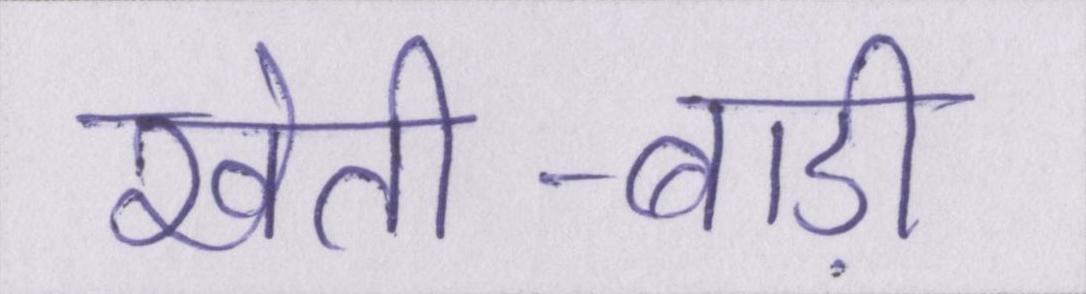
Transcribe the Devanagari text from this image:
खेती-बाड़ी